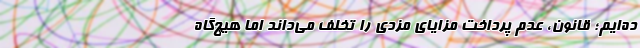
ده‌ایم؛ قانون، عدم پرداخت مزایای مزدی را تخلف می‌داند اما هیچ‌گاه